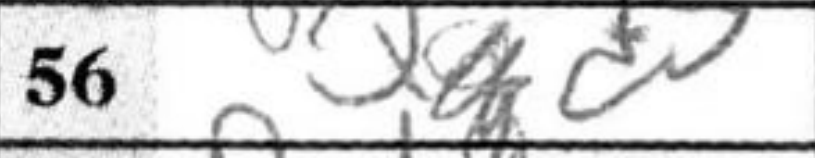
Transcription: Qd5